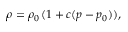
\rho = \rho _ { 0 } \, ( 1 + c ( p - p _ { 0 } ) ) ,